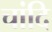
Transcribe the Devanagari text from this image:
चांदि